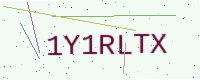
Text: 1Y1RLTX